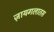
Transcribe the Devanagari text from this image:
ज़ायगलातस